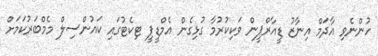
ހުންނެވި އާދަމް އިނާޒު ޑީއާރްޕީން ވަކިކުރުމާ ގުޅިގެން އެމްޑީޕީ ޓިކެޓުގައި ކައުންސިލް މެމްބަރުކަމަށް